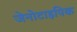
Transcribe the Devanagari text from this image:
जेनोटाइपिक